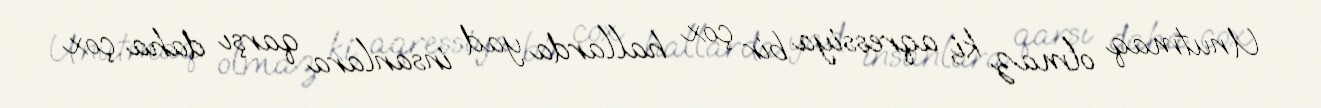
Unutmaq olmaz ki, aqressiya bir çox hallarda yad insanlara qarşı daha çox